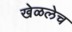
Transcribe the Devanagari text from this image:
खेळलेच